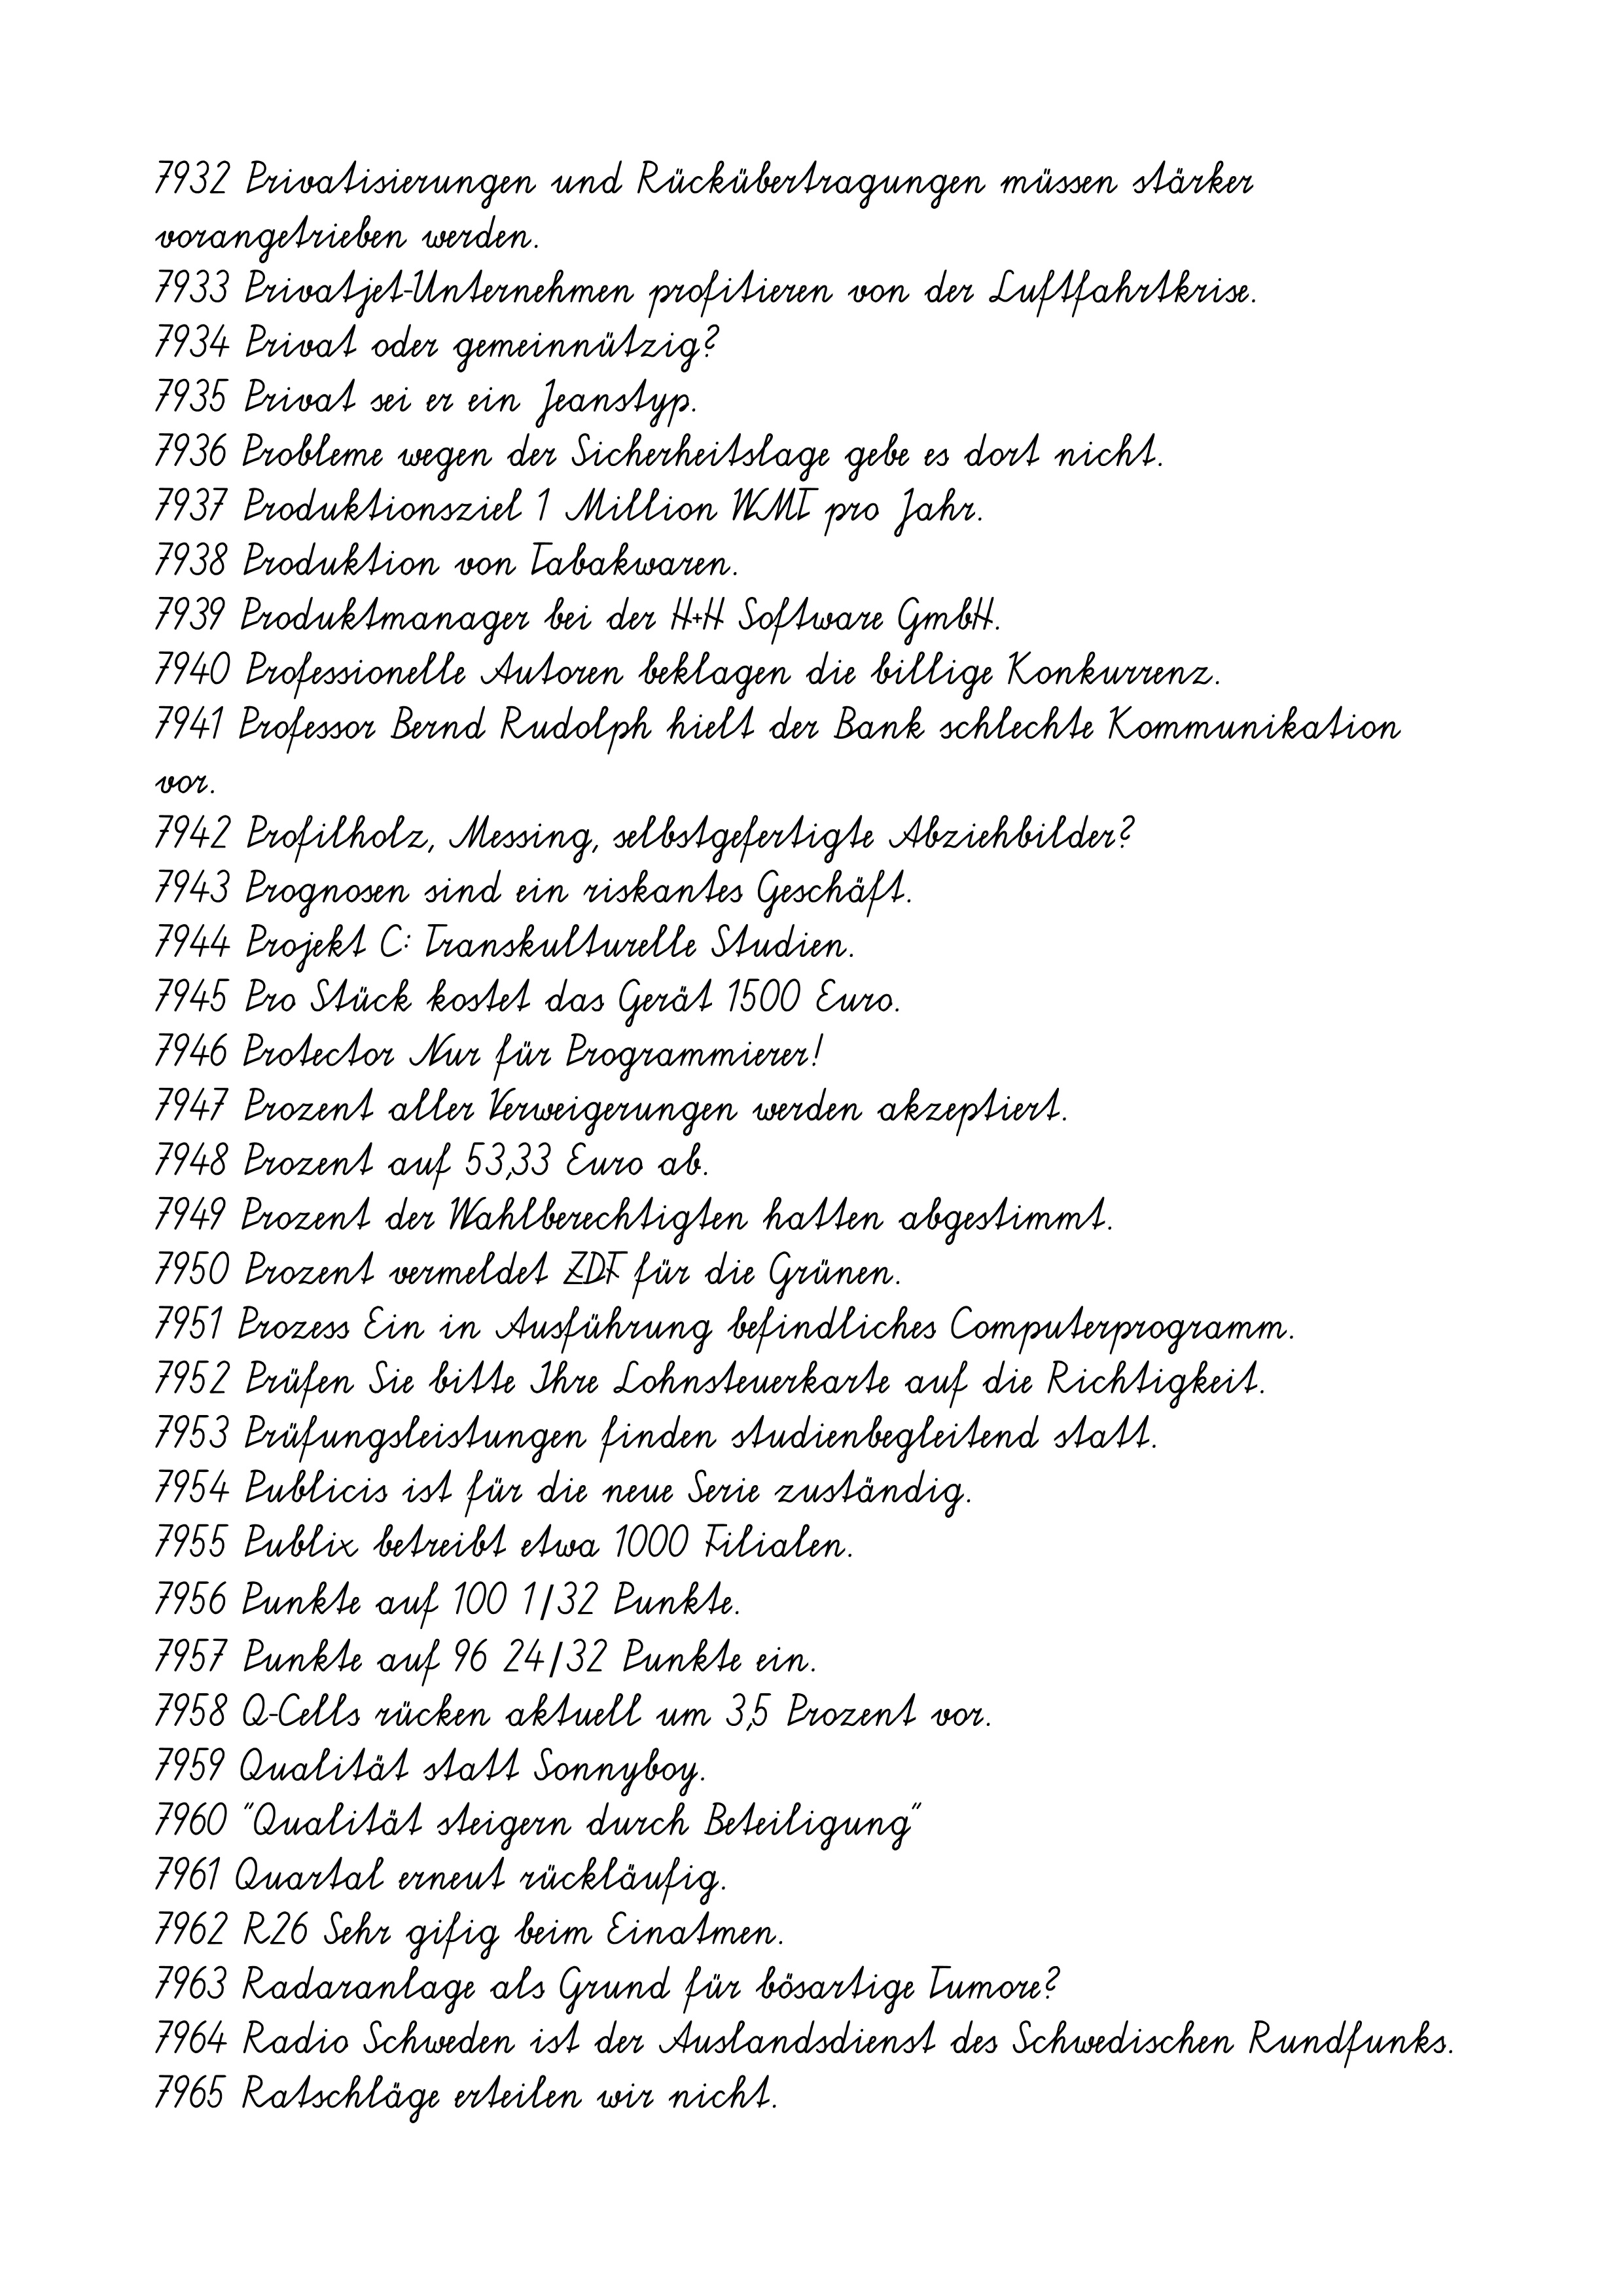
7932 Privatisierungen und Rückübertragungen müssen stärker
vorangetrieben werden.
7933 Privatjet-Unternehmen profitieren von der Luftfahrtkrise.
7934 Privat oder gemeinnützig?
7935 Privat sei er ein Jeanstyp.
7936 Probleme wegen der Sicherheitslage gebe es dort nicht.
7937 Produktionsziel 1 Million WMT pro Jahr.
7938 Produktion von Tabakwaren.
7939 Produktmanager bei der H+H Software GmbH.
7940 Professionelle Autoren beklagen die billige Konkurrenz.
7941 Professor Bernd Rudolph hielt der Bank schlechte Kommunikation
vor.
7942 Profilholz, Messing, selbstgefertigte Abziehbilder?
7943 Prognosen sind ein riskantes Geschäft.
7944 Projekt C: Transkulturelle Studien.
7945 Pro Stück kostet das Gerät 1500 Euro.
7946 Protector Nur für Programmierer!
7947 Prozent aller Verweigerungen werden akzeptiert.
7948 Prozent auf 53,33 Euro ab.
7949 Prozent der Wahlberechtigten hatten abgestimmt.
7950 Prozent vermeldet ZDF für die Grünen.
7951 Prozess Ein in Ausführung befindliches Computerprogramm.
7952 Prüfen Sie bitte Ihre Lohnsteuerkarte auf die Richtigkeit.
7953 Prüfungsleistungen finden studienbegleitend statt.
7954 Publicis ist für die neue Serie zuständig.
7955 Publix betreibt etwa 1000 Filialen.
7956 Punkte auf 100 1/32 Punkte.
7957 Punkte auf 96 24/32 Punkte ein.
7958 Q-Cells rücken aktuell um 3,5 Prozent vor.
7959 Qualität statt Sonnyboy.
7960 "Qualität steigern durch Beteiligung"
7961 Quartal erneut rückläufig.
7962 R26 Sehr gifig beim Einatmen.
7963 Radaranlage als Grund für bösartige Tumore?
7964 Radio Schweden ist der Auslandsdienst des Schwedischen Rundfunks.
7965 Ratschläge erteilen wir nicht.